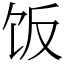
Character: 饭